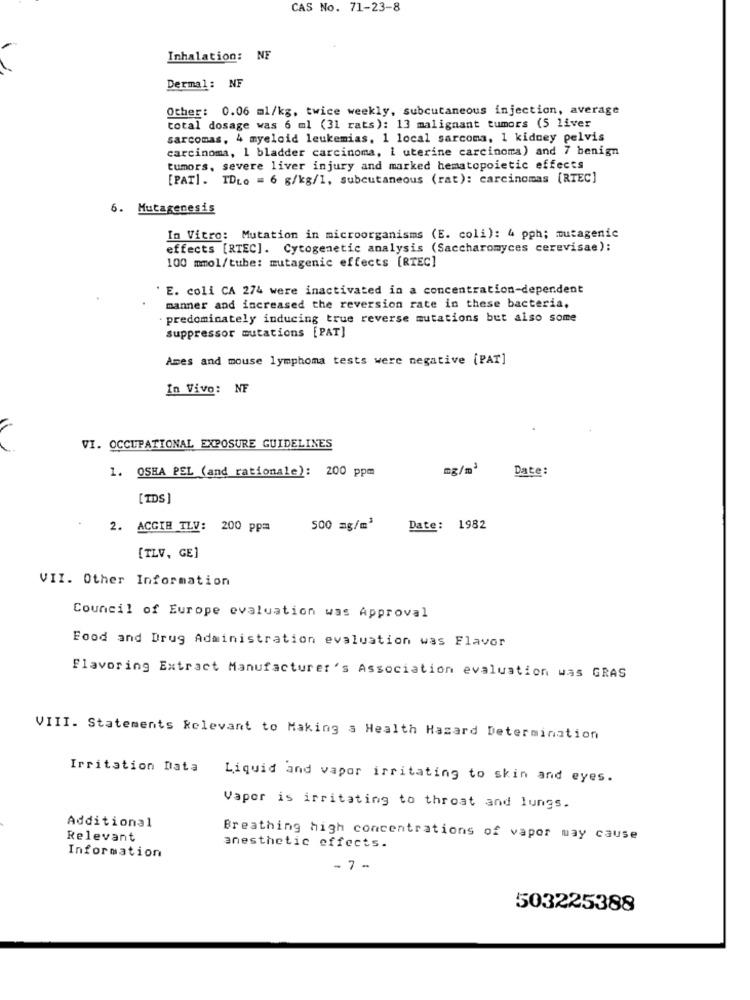
CAS No. 71-23-8
Inhalation: NF
Dermal: NF
Other: 0.06 ml/kg, twice weekly, subcutaneous injection, average
total dosage was 6 ml (31 rats): 13 malignant tumors (5 liver
sarcomas, 4 myeloid leukemias. 1 local sarcoma, 1 kidney pelvis
carcinoma, 1 bladder carcinoma, 1 uterine carcinoma) and 7 benign
tumors, severe liver injury and marked hematopoietic effects
[PAT]. IDLo = 6 g/kg/1, subcutaneous (rat): carcinomas [RTEC]
6. Mutagenesis
In Vitro: Mutation in microorganisms (E. coli): 4 pph; mutagenic
effects [RTEC]. Cytogenetic analysis (Saccharomyces cerevisae):
100 mmol/tube: mutagenic effects [RTEC]
' E. coli CA 274 were inactivated in a concentration-dependent
manner and increased the reversion rate in these bacteria,
predominately inducing true reverse mutations but also some
suppressor mutations [PAT]
Ames and mouse lymphoma tests were negative [PAT]
In Vivo: NF
VI. OCCUPATIONAL EXPOSURE GUIDELINES
1. OSHA PEL (and rationale): 200 ppm
mg/m3
Date:
[IDS
2. ACGIE TLV: 200 pp=
500 mg/m3
Date: 1982
[TLV, GE]
VII. Other Information
Council of Europe evaluation was Approval
Food and Drug Administration evaluation was Flavor
Flavoring Extract Manufacturer's Association evaluation was GRAS
VIII. Statements Relevant to Making a Health Hazard Determination
Irritation Data
Liquid and vapor irritating to skin and eyes.
Vapor is irritating to throat and lungs.
Additional
Relevant
Breathing high concentrations of vapor may cause
anesthetic effects.
Information
- 7 -
503225388